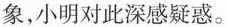
象，小明对此深感疑惑。